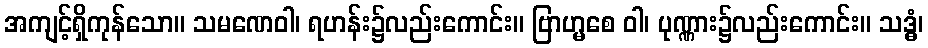
အကျင့်ရှိကုန်သော။ သမဏေဝါ၊ ရဟန်း၌လည်းကောင်း။ ဗြာဟ္မစေ ဝါ၊ ပုဏ္ဏား၌လည်းကောင်း။ သဒ္ဓံ၊